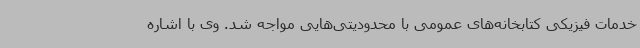
خدمات فیزیکی کتابخانه‌های عمومی با محدودیتی‌هایی مواجه شد. وی با اشاره